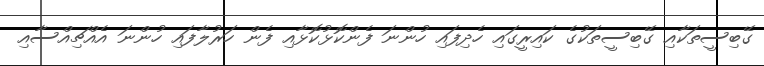
ގޭބިސީތަކާއި ގޭބިސީތަކުގެ ކައިރީގައި ހެދިފައި ހުންނަ ފެންކޮޅުކޮޅާއި ފެން ހަރުލާފައި ހުންނަ އެއްޗިއްސާއި